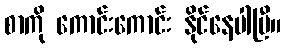
စာကို ကောင်းကောင်း နိုင်နေပါပြီ။